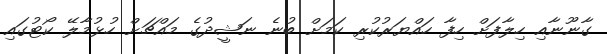
ގާނޫނާއި ހިލާފަށް ހިފާ ހައްޔަރުކުރި ކަމަށް ބުނެ ނަޝީދުގެ މައްޗަށް ހުޅުމާލޭ ކޯޓުގައި